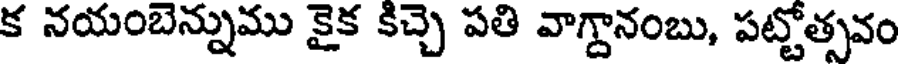
క నయంబెన్నుము కైక కిచ్చె పతి వాగ్దానంబు, పట్టోత్సవం